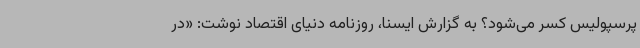
پرسپولیس کسر می‌شود؟ به گزارش ایسنا، روزنامه دنیای‌ اقتصاد نوشت: «در